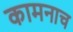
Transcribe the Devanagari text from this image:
कामनाच